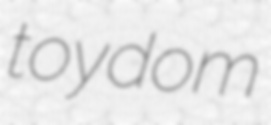
toydom